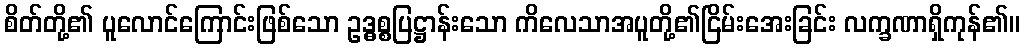
စိတ်တို့၏ ပူလောင်ကြောင်းဖြစ်သော ဥဒ္ဓစ္စပြဋ္ဌာန်းသော ကိလေသာအပူတို့၏ငြိမ်းအေးခြင်း လက္ခဏာရှိကုန်၏။